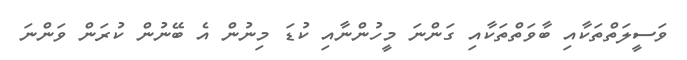
ވަސީލަތްތަކާއި ބާވަތްތަކާއި ގަންނަ މީހުންނާއި ކުޑަ މިނުން އެ ބޭނުން ކުރަން ވަންނަ